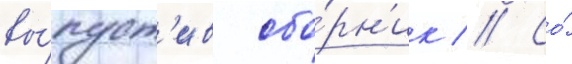
вы́пуст'ив сбо́рн'ик // Со́